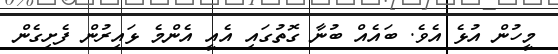
މީހުން އުޅެ އެވެ. ބައެއް ބުނާ ގޮތުގައި އެއީ އެންމެ ޅައިރުން ފެށިގެން